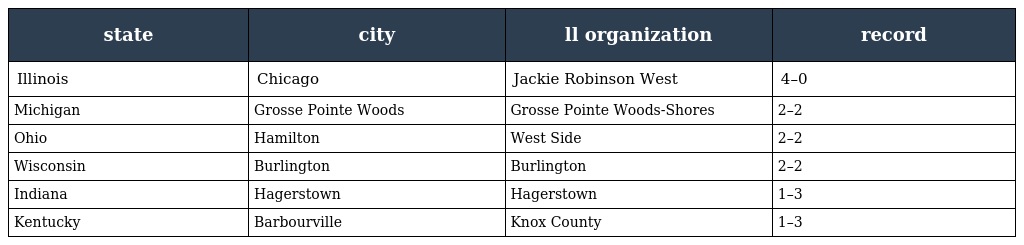
| state | city | ll organization | record |
 | --- | --- | --- | --- |
 | Illinois | Chicago | Jackie Robinson West | 4–0 |
 | Michigan | Grosse Pointe Woods | Grosse Pointe Woods-Shores | 2–2 |
 | Ohio | Hamilton | West Side | 2–2 |
 | Wisconsin | Burlington | Burlington | 2–2 |
 | Indiana | Hagerstown | Hagerstown | 1–3 |
 | Kentucky | Barbourville | Knox County | 1–3 |